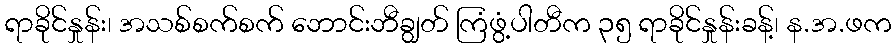
ရာခိုင်နှုန်း၊ အသစ်စက်စက် ဘောင်းဘီချွတ် ကြံဖွံ့ပါတီက ၃၅ ရာခိုင်နှုန်းခန့်၊ န.အ.ဖက